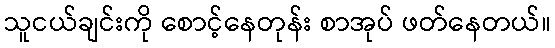
သူငယ်ချင်းကို စောင့်နေတုန်း စာအုပ် ဖတ်နေတယ်။